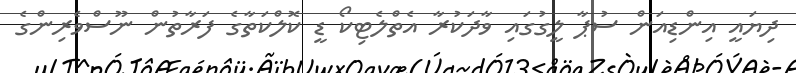
ދިޔައީ އިންޑިއަން ސުޕާ ލީގުގައި ވާދަކުރާ އެތްލެޓިކޯ ޑީ ކޮލްކަތާގެ ފަރާތުން ނޫސްވެރިންގެ